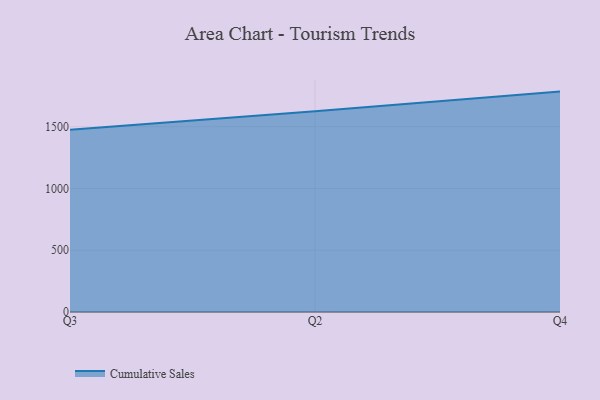
{"axis": {"x": "Quarter", "y": "Demand Index"}, "legend": ["Cumulative Sales"], "data": [{"x": "Q3", "y": 1475.1, "type": "Cumulative Sales"}, {"x": "Q2", "y": 1625.2, "type": "Cumulative Sales"}, {"x": "Q4", "y": 1784.0, "type": "Cumulative Sales"}]}